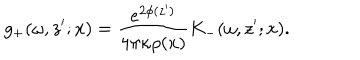
g _ { + } ( \omega , z ^ { \prime } ; x ) = \frac { e ^ { 2 \phi ( z ^ { \prime } ) } } { 4 \pi \kappa \rho ( x ) } K _ { - } ( \omega , z ^ { \prime } ; x ) .